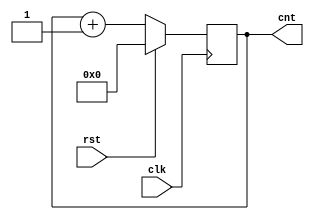
/*    
    */
module cnt1 (
    input clk,
    input rst,
    output reg [3:0] cnt
);

always @(posedge clk) 
begin
    if (rst) 
	begin
        cnt = 0;
    end 
	
	else 
	begin
        cnt <= cnt + 1;     
    end
end

endmodule